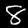
Digit: 8